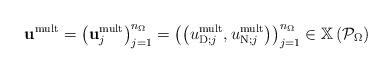
LaTeX: \begin{align*}\mathbf{u}^{\operatorname*{mult}}=\left( \mathbf{u}_{j}^{\operatorname*{mult}}\right) _{j=1}^{n_{\Omega}}=\left( \left( u_{\operatorname*{D};j}^{\operatorname*{mult}},u_{\operatorname*{N};j}^{\operatorname*{mult}}\right) \right) _{j=1}^{n_{\Omega}}\in\mathbb{X}\left( \mathcal{P}_{\Omega}\right)\end{align*}